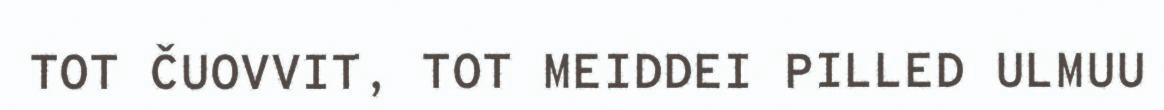
TOT ČUOVVIT, TOT MEIDDEI PILLED ULMUU